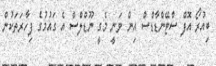
ބިއުރޯ އޮފް ސްޓޭންޑާޑްސް އިން ވަނީ މެގީ ނޫޑްލްސް އެ ގައުމުގެ ފިހާރަތަކުން